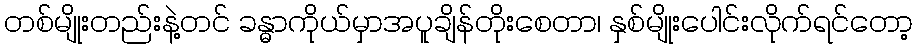
တစ်မျိုးတည်းနဲ့တင် ခန္ဓာကိုယ်မှာအပူချိန်တိုးစေတာ၊ နှစ်မျိုးပေါင်းလိုက်ရင်တော့